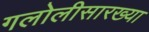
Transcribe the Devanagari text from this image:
गलोलीसारख्या